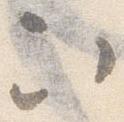
次